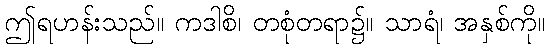
ဤရဟန်းသည်။ ကဒါစိ၊ တစုံတရာ၌။ သာရံ၊ အနှစ်ကို။